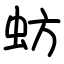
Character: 蚄